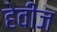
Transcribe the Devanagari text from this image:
हेवीज